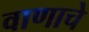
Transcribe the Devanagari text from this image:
वाणाचे